Annual report of the Punjab Veterinary College and of the Civil Veterinary Department, Punjab - 1920-1925
Year: 1920
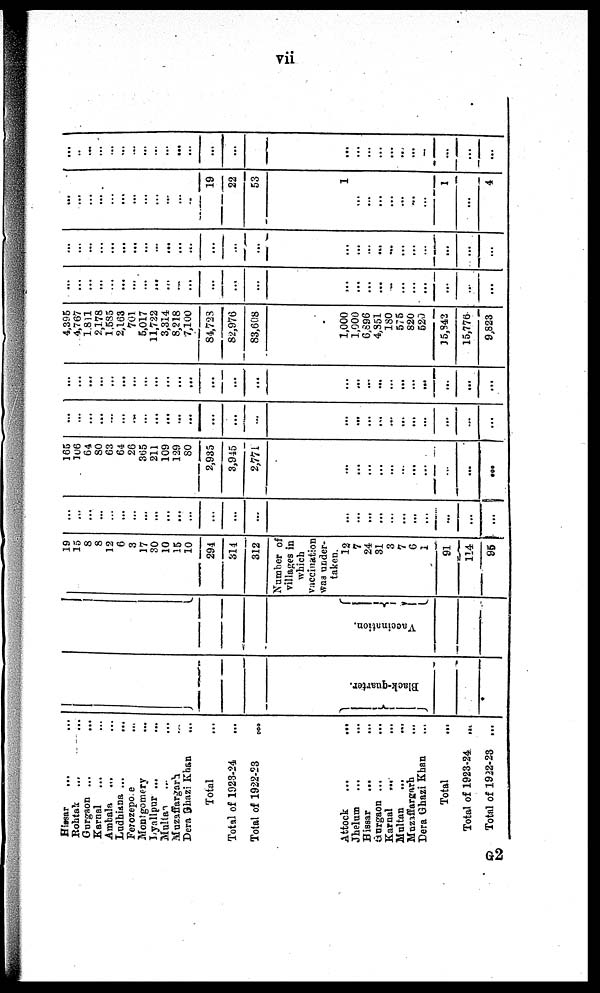
vii
Hissar ... ...
Rohtak
... ...
Gurgaon ... ...
Karnal ... ...
Ambala ... ...
Ludhiana ...
...
Ferozepore ...
Montgomery ...
Lyallpur ... ...
Multan ... ...
Muzaffargarh ...
Dera Ghazi Khan
...
Total ...
Total of 1923-24 ...
Total of 1922-23 ...
Attock
...
...
Jhelum ... ...
Hissar
... ...
Gurgaon ... ...
Karnal
... ...
Multan
... ...
Muzaffargarh ...
Dera Ghazi Khan ...
Total ...
Total of 1923-24
...
Total of 1922-23 ...
Black-quarter.
Vaccination.
19
15
8
8
12
6
3
17
30
10
15
10
294
314
312
Number of
villages in
which
vaccination
was under-
taken.
12
7
24
31
3
7
6
1
91
114
95
...
...
...
...
...
...
...
...
...
...
...
...
...
...
...
...
...
...
...
...
...
...
...
...
...
...
165
106
64
80
63
64
26
365
211
109
129
80
2,935
3,945
2,771
...
...
...
...
...
...
...
...
...
...
...
...
...
...
...
...
...
...
...
...
...
...
...
...
...
...
...
...
...
...
...
...
...
...
...
...
...
...
...
...
...
...
...
...
...
...
...
...
...
...
...
...
...
...
...
...
...
...
...
...
...
...
...
4,395
4,767
1,811
2,178
1,585
2,163
701
5,017
11,722
3,314
8,218
7,100
84,723
82,976
83,608
1,000
1,000
6,896
4,851
180
575
820
520
35,942
15,776
9,823
...
...
...
...
...
...
...
...
...
...
...
...
...
...
...
...
...
...
...
...
...
...
...
...
...
...
...
...
...
...
...
...
...
...
...
...
...
...
...
...
...
...
...
...
...
...
...
...
...
...
...
...
...
...
...
...
...
...
...
...
...
...
...
..
19
22
53
1
...
...
...
...
...
...
...
1
...
4
...
..
...
...
...
...
...
...
...
...
...
...
...
...
...
...
...
...
...
...
...
...
...
...
...
...
G2